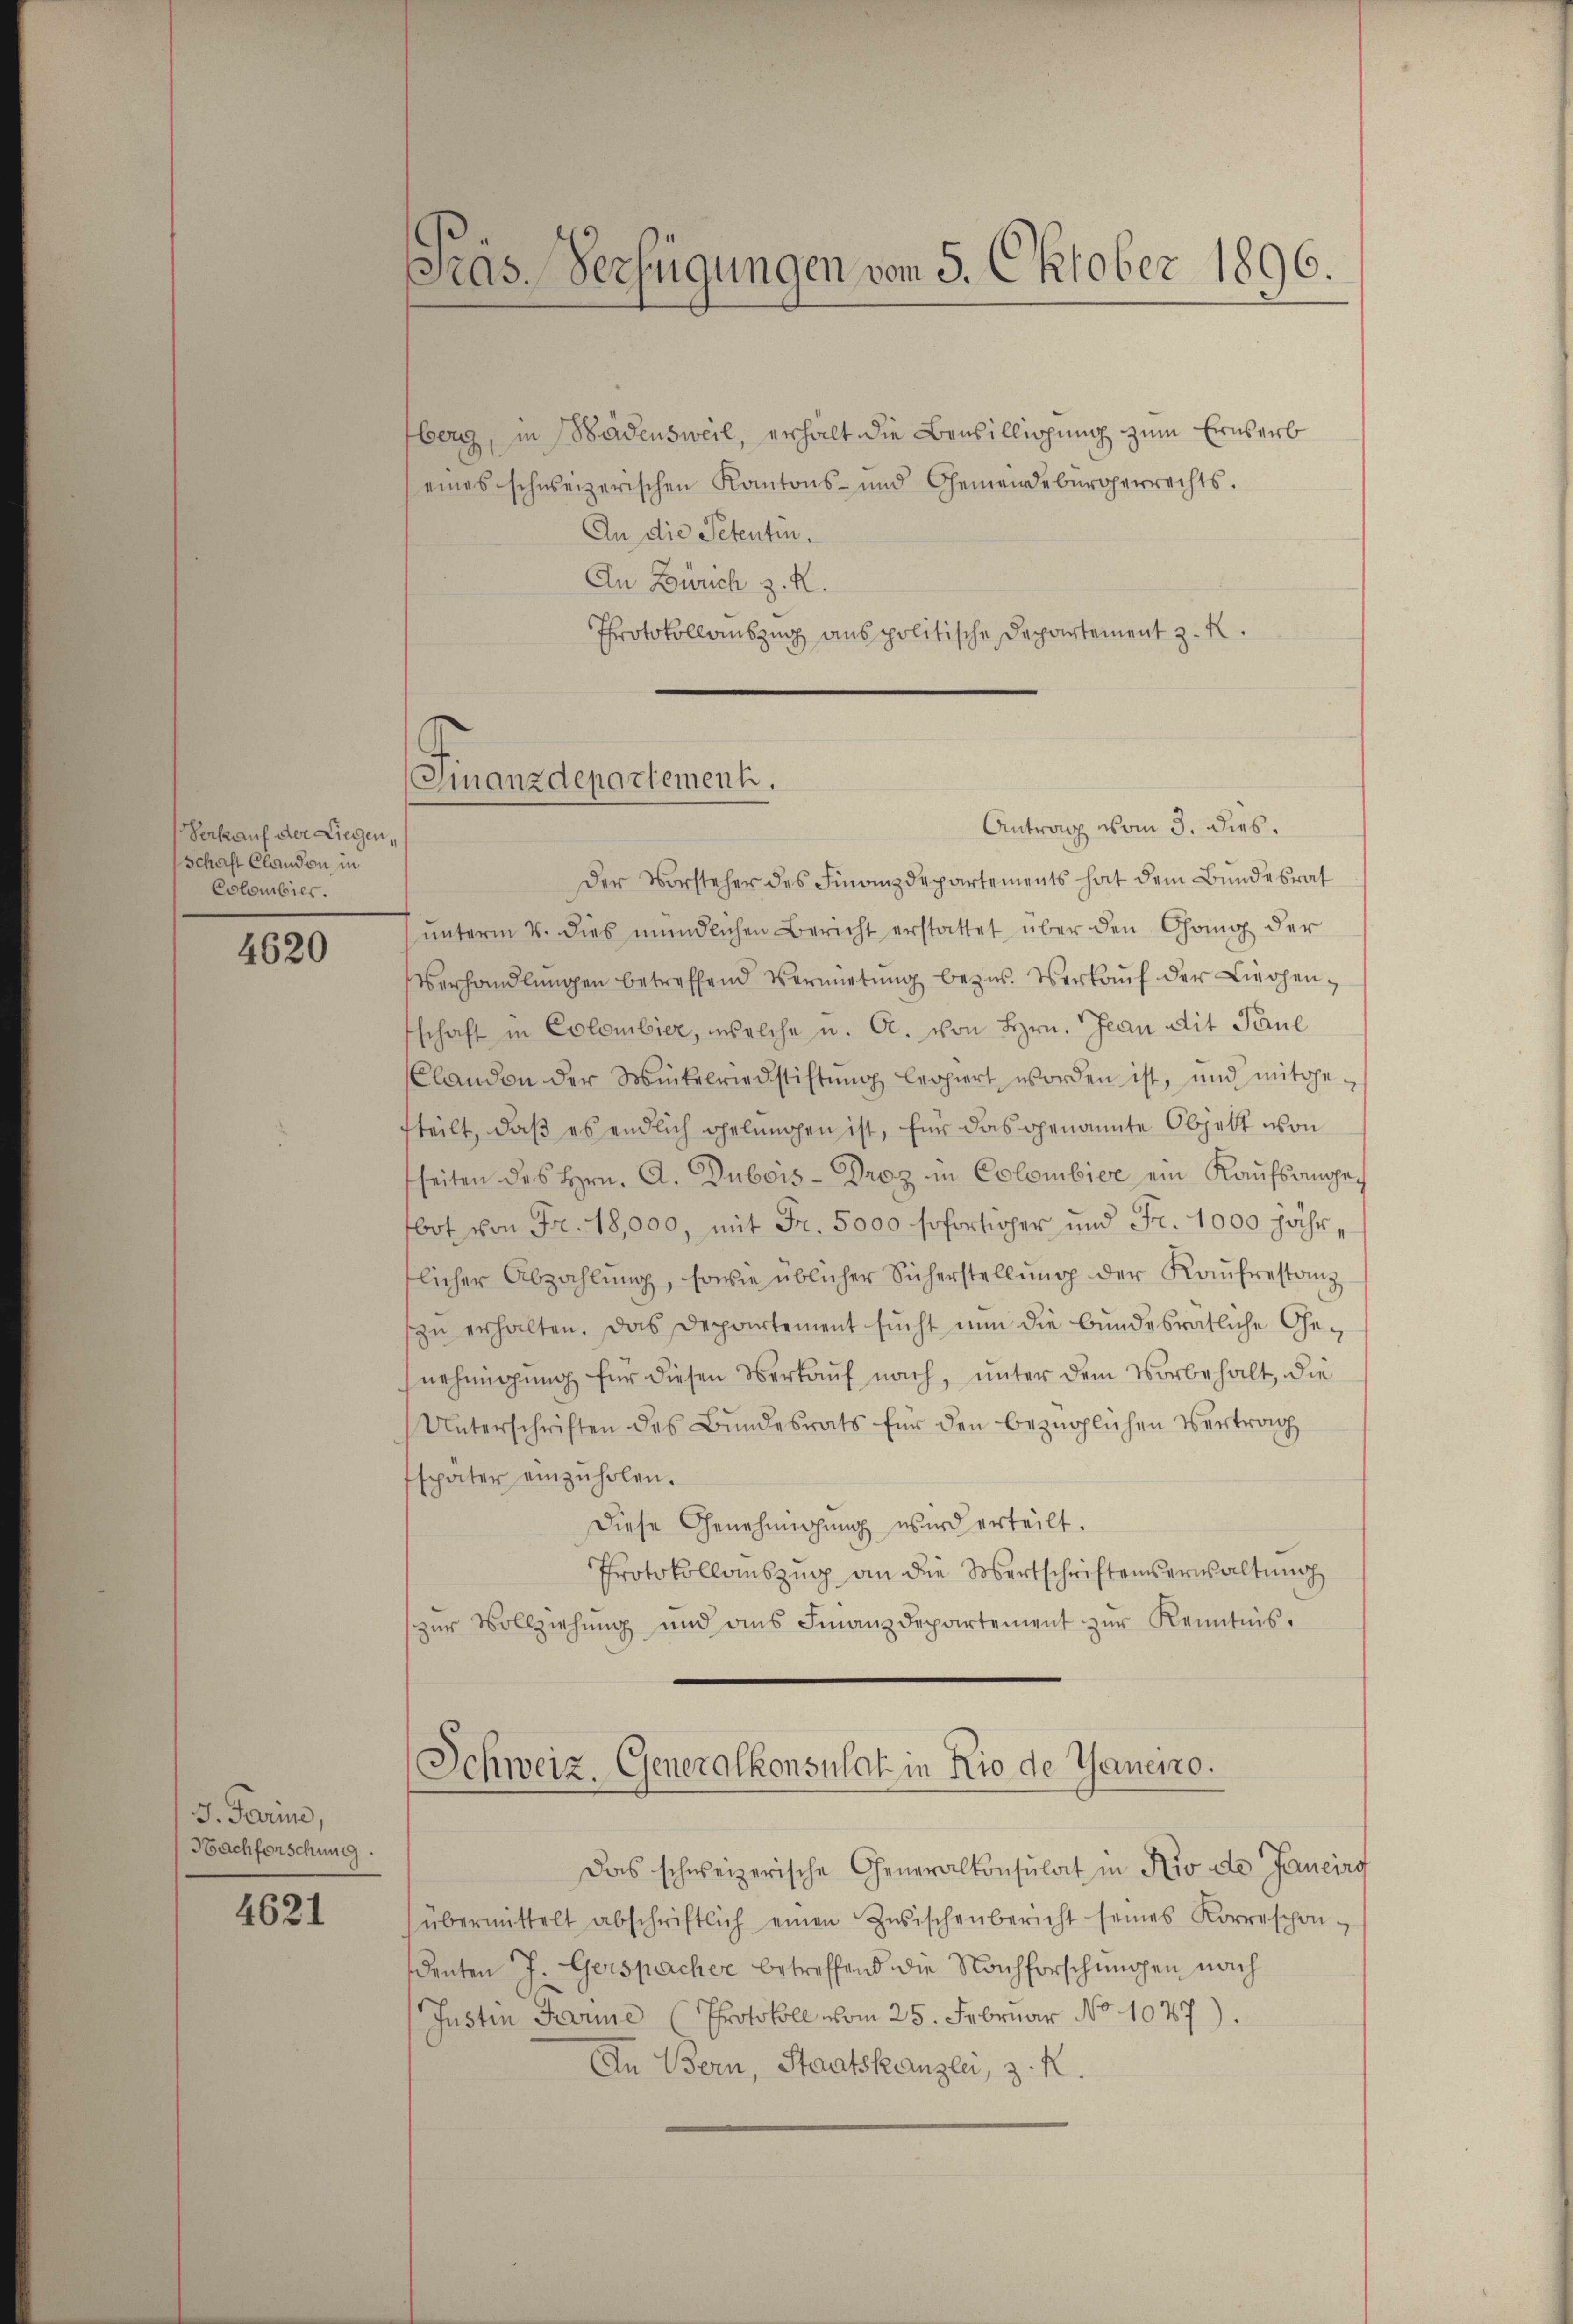
Verkauf der Liegen,
schaft Clandon in
Colombier.

4620

J. Parine,
Hachforschung.

4621

berg, in Wädensweil, erhält die Bewilligung zum Erwerb
eines schweizerischen Kantons- und Gemeindebürgerrechts-
An die Petentin.
An Zürich z. R.
Protokollauszug aus politische Departement z. K.

Präs. Verfügungen vom 5. Oktober 1896.

Finanzdepartement.
Antrag vom 3. dies.

Der Vorsteher des Finanzdepartements hat dem Bundesrat
unterm 4. dies mündlichen Bericht erstattet über den Chang der
Verhandlŭngen betreffend Vermietŭng bezw. Verkaŭf der Liechenschaft in Colombier, welche u. A. von Hrn. Jean Mit Paul
Clanden der Winkelriedstiftŭng leopiert worden ist, und mitge
fteilt, daß es endlich gelungen ist, für das genannte Objekt von
fseiten des Hrn. A. Dubois-Droz in Colombier ein Kaŭfsangebot von Fr. 18,000, mit Fr. 5000 sofortiger und Fr. 1000 jährflicher Abzahlŭng, sowie üblicher Sicherstellŭng der Kaŭfrestanz
szu erhalten. Das Departement sucht nun die bundesrätliche Genehmigung für diesen Verkauf nach, unter dem Vorbehalt, die
Unterschriften des Bŭndesrats für den bezüglichen Vertrag
später einzŭholen.
Diese Genehmigung wird erteilt.
Protokollauszug an die Wertschriftenerwaltung
zŭr Vollziehŭng und ans Finanzdepartement zŭr Kenntnis.

Schweiz. Generalkonsulat in Rio de Thaneno.

Das schweizerische Generalkonsulat in Rio de Janeiro
übermittelt abschriftlich einen Zwischenbericht seines Korrespon-
denten J. Gerspacher betreffend die Nachforschungen nach
Justin Marie (Protokoll vom 25. Februar No 1087).
In Bern, Staatskanzlei, z. K.